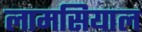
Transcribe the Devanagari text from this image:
लामसियाल